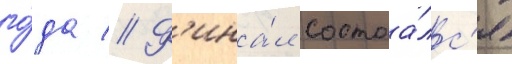
го́да // Ф'ина́л состоа́лс'я